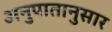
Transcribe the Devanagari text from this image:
अनुपातानुसार